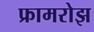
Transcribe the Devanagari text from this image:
फ्रामरोझ